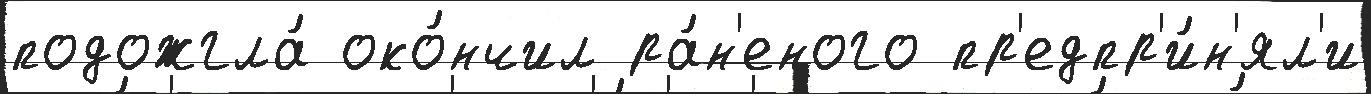
подожгла́ око́нчил ра́н'еного пр'едпр'и́н'ял'и